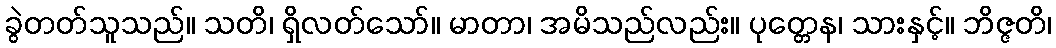
ခွဲတတ်သူသည်။ သတိ၊ ရှိလတ်သော်။ မာတာ၊ အမိသည်လည်း။ ပုတ္တေန၊ သားနှင့်။ ဘိဇ္ဇတိ၊